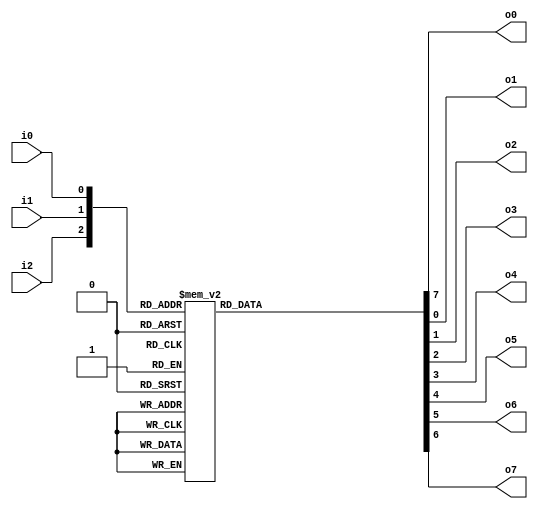
module decoder3to8( i0,i1,i2,o0,o1,o2,o3,o4,o5,o6,o7); 


input  i0,i1,i2;  

output reg o0=0;
output reg o1=0;
output reg o2=0;
output reg o3=0;
output reg o4=0;
output reg o5=0;
output reg o6=0;
output reg o7=0;

   

always @ (i2,i1,i0)begin
 o0=0;

 o1=0;

 o2=0;

 o3=0;

 o4=0;

 o5=0;

 o6=0;

 o7=0;  
 case ({i2,i1,i0}) 

 3'b000: o0=1; 

 3'b001: o1=1; 
 
 3'b010: o2=1; 

 3'b011: o3=1; 

 3'b100: o4=1; 

 3'b101: o5=1; 

 3'b110: o6=1; 

 3'b111: o7=1; 

 endcase 

 end 
endmodule